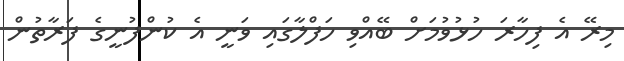
މިރޭ އެ ފިހާރަ ހުޅުވުމަށް ބޭއްވި ހަފްލާގައި ވަނީ އެ ކުންފުނީގެ ފަރާތުން